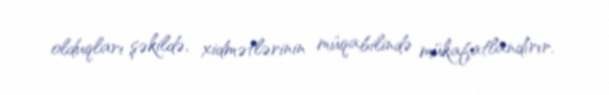
olduqları şəkildə, xidmətlərinin müqabilində mükafatlandırır.